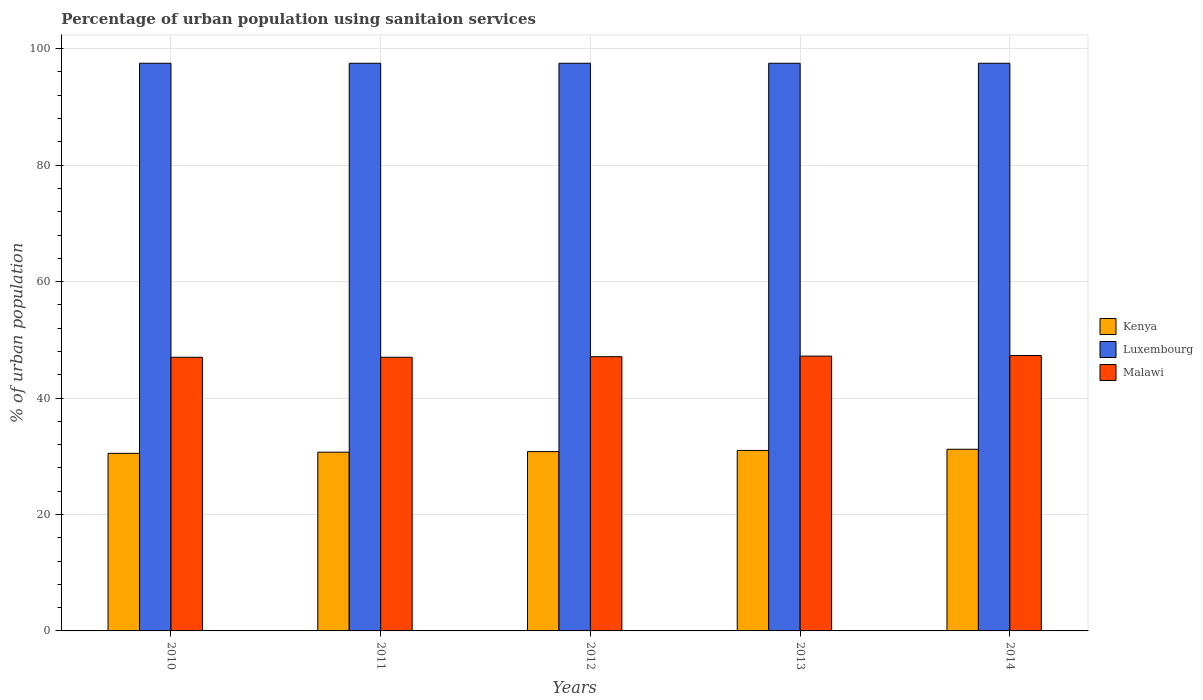
| Years | Kenya | Luxembourg | Malawi |
 | --- | --- | --- | --- |
 | 2010 | 30.5 | 97.5 | 47 |
 | 2011 | 30.7 | 97.5 | 47 |
 | 2012 | 30.8 | 97.5 | 47.1 |
 | 2013 | 31 | 97.5 | 47.2 |
 | 2014 | 31.2 | 97.5 | 47.3 |